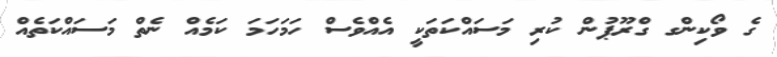
ގެ ވޯކިންގ ގްރޫޕުން ކުރި މަސައްކަތަކީ އެއްވެސް ހަމަހަމަ ކަމެއް ނެތް މަސައްކަތެއްް